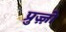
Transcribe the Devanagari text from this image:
प्रुज़्ज़ो